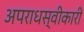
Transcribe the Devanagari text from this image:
अपराधस्वीकारी